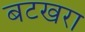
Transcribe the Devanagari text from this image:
बटखरा